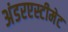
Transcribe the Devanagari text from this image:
अंडरएस्टीमेट